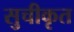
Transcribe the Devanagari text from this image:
सुचीकृत